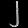
Digit: ၂